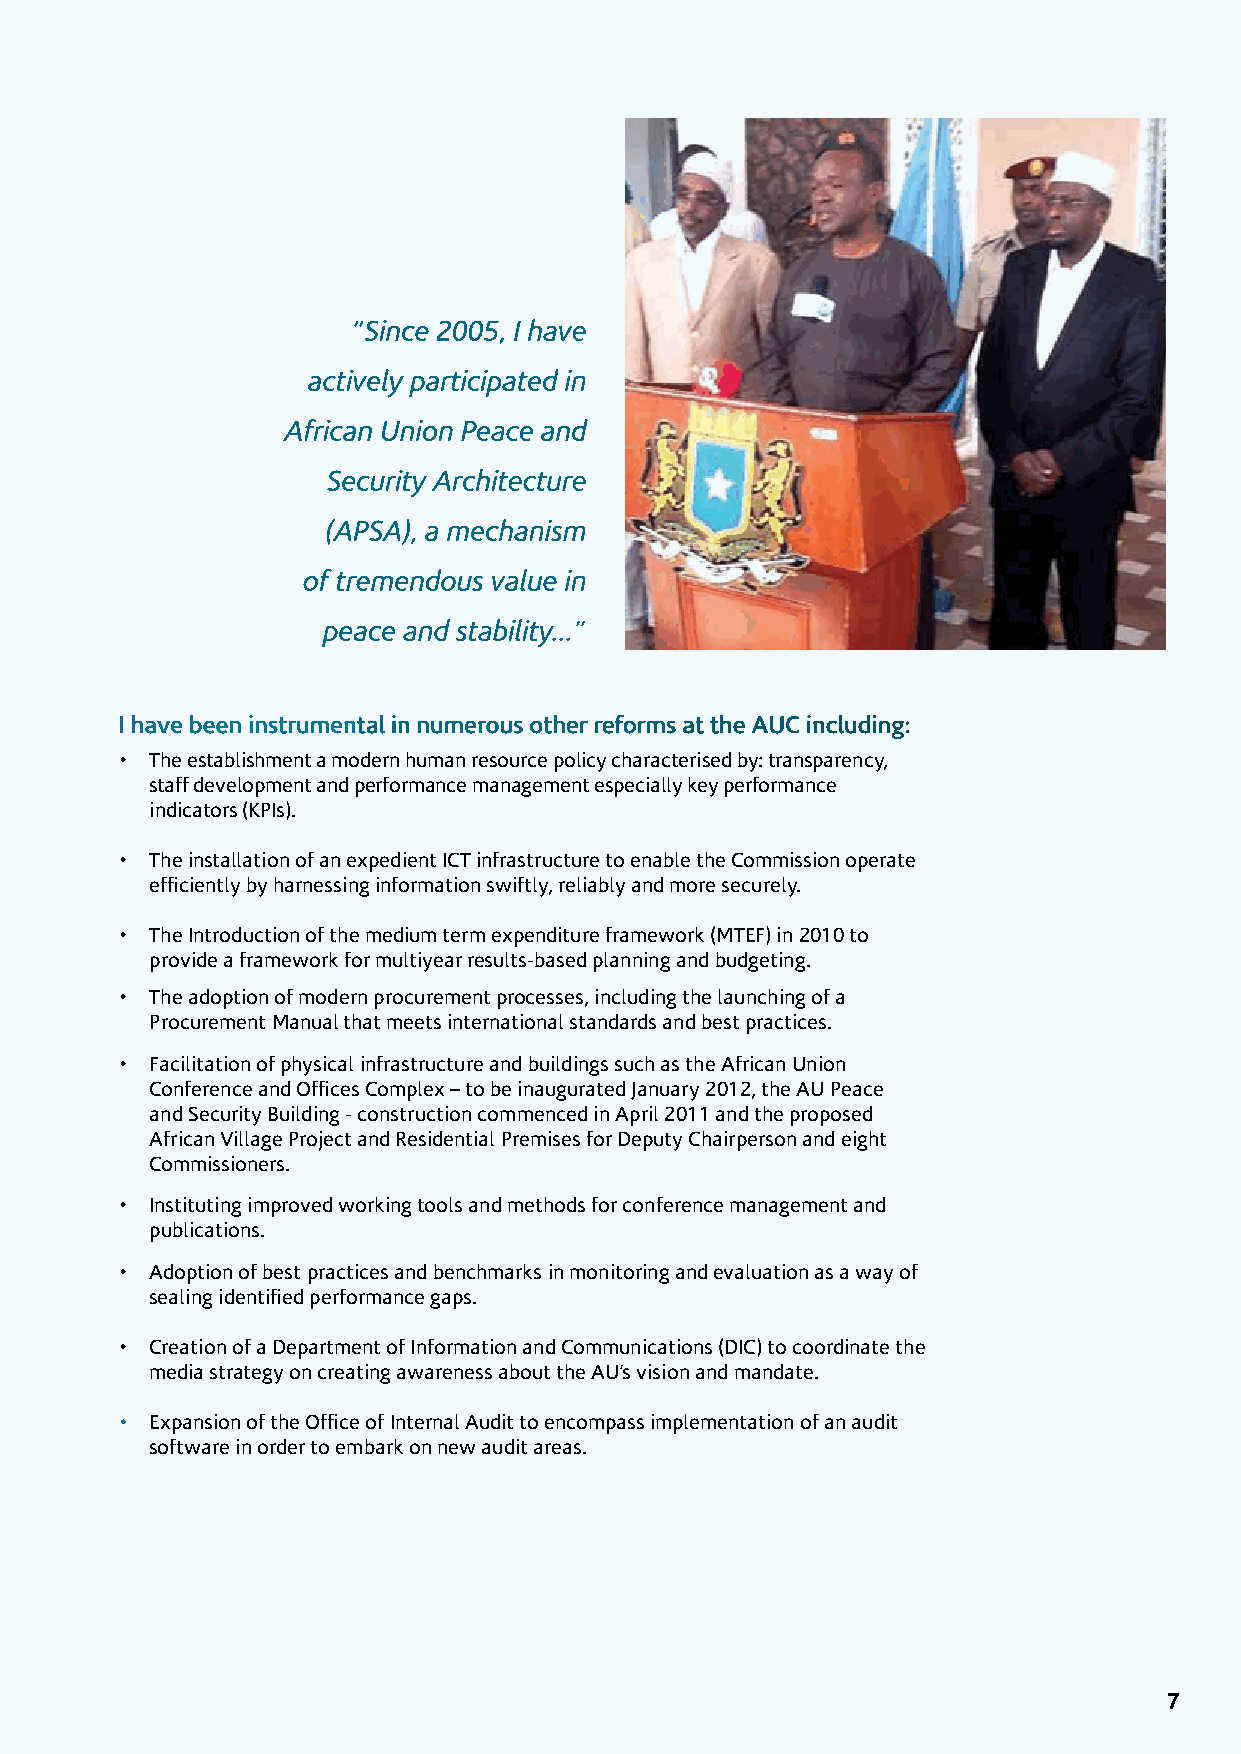
“Since 2005, I have
 actively participated in
 African Union Peace and
 Security Architecture
 (APSA), a mechanism
 of tremendous value in
 peace and stability...”
 I have been instrumental in numerous other reforms at the AUC including:
 • The establishment a modern human resource policy characterised by: transparency,
 staff development and performance management especially key performance
 indicators (KPIs).
 • The installation of an expedient ICT infrastructure to enable the Commission operate
 efficiently by harnessing information swiftly, reliably and more securely.
 • The Introduction of the medium term expenditure framework (MTEF) in 2010 to
 provide a framework for multiyear results-based planning and budgeting.
 • The adoption of modern procurement processes, including the launching of a
 Procurement Manual that meets international standards and best practices.
 • Facilitation of physical infrastructure and buildings such as the African Union
 Conference and Offices Complex – to be inaugurated January 2012, the AU Peace
 and Security Building - construction commenced in April 2011 and the proposed
 African Village Project and Residential Premises for Deputy Chairperson and eight
 Commissioners.
 • Instituting improved working tools and methods for conference management and
 publications.
 • Adoption of best practices and benchmarks in monitoring and evaluation as a way of
 sealing identified performance gaps.
 • Creation of a Department of Information and Communications (DIC) to coordinate the
 media strategy on creating awareness about the AU’s vision and mandate.
 • Expansion of the Office of Internal Audit to encompass implementation of an audit
 software in order to embark on new audit areas.
 7